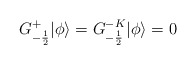
\begin{align*}G^{+}_{-\frac{1}{2}}|\phi \rangle =G^{-K}_{-\frac{1}{2}} |\phi \rangle = 0\end{align*}